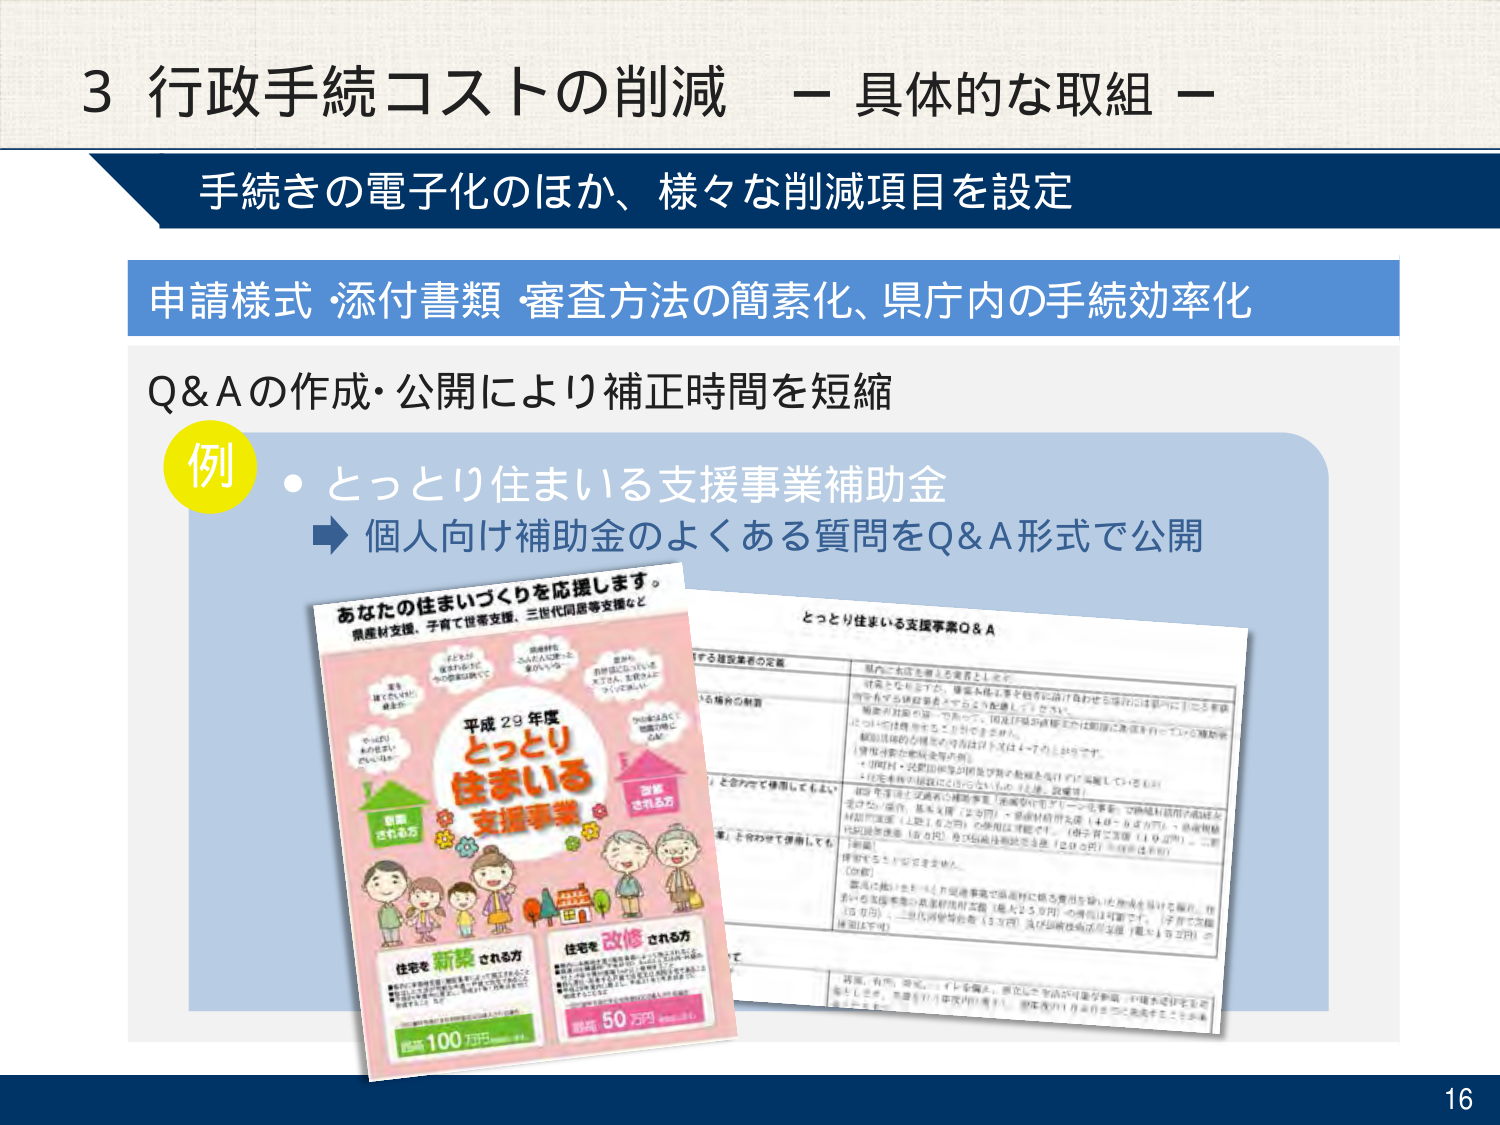
3 行政手続コストの削減 － 具体的な取組 －
手続きの電子化のほか、様々な削減項目を設定
申請様式・添付書類・審査方法の簡素化、県庁内の手続効率化
Q&Aの作成・公開により補正時間を短縮
例
・とっとり住まいる支援事業補助金
　→ 個人向け補助金のよくある質問をQ&A形式で公開

あなたの住まいづくりを応援します。
県産材支援、子育て世帯支援、三世代同居等支援など

平成29年度
とっとり
住まいる
支援事業

住宅を新築される方
住宅を改修される方
最高100万円
最高50万円

とっとり住まいる支援事業Q&A

県内に本店を置く業者として、
…（以下、複数行の細かい文字が存在するが、完全に読み取れない部分あり）
…（表形式のQ&A内容が複数行にわたって記載されているが、一部は読み取れない）

16